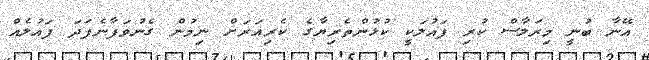
އޭނާ ބުނީ މިރަލާސް ކުރި ފައުލަކީ ކުޅުންތެރިޔާގެ ކެރިއަރަށް ނިމުން ގެނުވަފާނެފަދަ ފައުލެއް